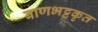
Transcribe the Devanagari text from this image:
बाणभट्टकृत